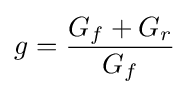
g={\frac {G_{f}+G_{r}}{G_{f}}}